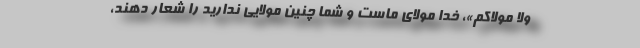
ولا مولاکم»، خدا مولای ماست و شما چنین مولایی ندارید را شعار دهند،